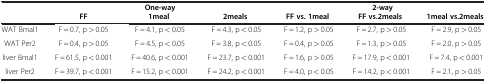
<table><thead><tr><td><b> </b></td><td colspan="3"><b>One-way</b></td><td colspan="3"><b>2-way</b></td></tr><tr><td><b> </b></td><td><b>FF</b></td><td><b>1meal</b></td><td><b>2meals</b></td><td><b>FF vs. 1meal</b></td><td><b>FF vs.2meals</b></td><td><b>1meal vs.2meals</b></td></tr></thead><tbody><tr><td>WAT Bmal1</td><td>F = 0.7, p &gt; 0.05</td><td> F = 4.1, p &lt; 0.05</td><td> F = 4.3, p &lt; 0.05</td><td> F = 1.2, p &gt; 0.05</td><td> F = 2.7, p &gt; 0.05</td><td> F = 2.9, p &gt; 0.05</td></tr><tr><td>WAT Per2</td><td>F = 0.4, p &gt; 0.05</td><td> F = 4.5, p &lt; 0.05</td><td> F = 3.8, p &lt; 0.05</td><td> F = 0.4, p &gt; 0.05</td><td> F = 1.3, p &gt; 0.05</td><td> F = 2.0, p &gt; 0.05</td></tr><tr><td>liver Bmal1</td><td>F = 61.5, p &lt; 0.001</td><td> F = 40.6, p &lt; 0.001</td><td> F = 23.7, p &lt; 0.001</td><td> F = 1.6, p &gt; 0.05</td><td> F = 17.9, p &lt; 0.001</td><td> F = 7.4, p &lt; 0.001</td></tr><tr><td>liver Per2</td><td>F = 39.7, p &lt; 0.001</td><td> F = 15.2, p &lt; 0.001</td><td> F = 24.2, p &lt; 0.001</td><td> F = 4.0, p &lt; 0.05</td><td> F = 14.2, p &lt; 0.001</td><td> F = 2.1, p &gt; 0.05</td></tr></tbody></table>